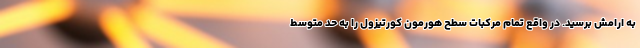
به ارامش برسید. در واقع تمام مرکبات سطح هورمون کورتیزول را به حد متوسط